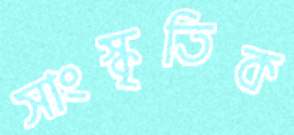
সাংস্কৃতিক